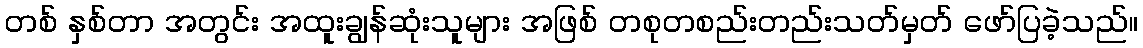
တစ် နှစ်တာ အတွင်း အထူးချွန်ဆုံးသူများ အဖြစ် တစုတစည်းတည်းသတ်မှတ် ဖော်ပြခဲ့သည်။